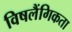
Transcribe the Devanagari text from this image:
विषलैंगिकता